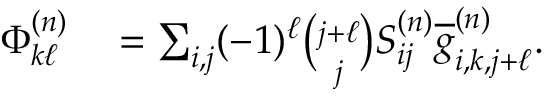
\begin{array} { r l } { \Phi _ { k \ell } ^ { ( n ) } } & { { } = \sum _ { i , j } ( - 1 ) ^ { \ell } \binom { j + \ell } { j } S _ { i j } ^ { ( n ) } \overline { { g } } _ { i , k , j + \ell } ^ { ( n ) } . } \end{array}